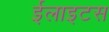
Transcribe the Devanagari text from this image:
ईलाइटस